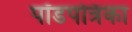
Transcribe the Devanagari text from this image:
पॉडपत्रिका